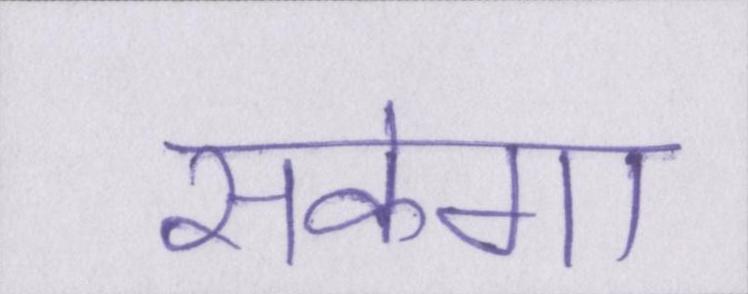
सकेगा